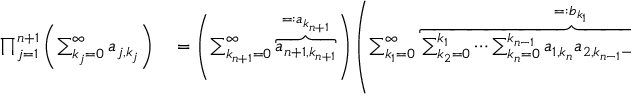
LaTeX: \begin{array} { r l } { \prod _ { j = 1 } ^ { n + 1 } \left( \sum _ { k _ { j } = 0 } ^ { \infty } a _ { j , k _ { j } } \right) } & { { } = \left( \sum _ { k _ { n + 1 } = 0 } ^ { \infty } \overbrace { a _ { n + 1 , k _ { n + 1 } } } ^ { = : a _ { k _ { n + 1 } } } \right) \left( \sum _ { k _ { 1 } = 0 } ^ { \infty } \overbrace { \sum _ { k _ { 2 } = 0 } ^ { k _ { 1 } } \cdots \sum _ { k _ { n } = 0 } ^ { k _ { n - 1 } } a _ { 1 , k _ { n } } a _ { 2 , k _ { n - 1 } - k _ { n } } \cdots a _ { n , k _ { 1 } - k _ { 2 } } } ^ { = : b _ { k _ { 1 } } } \right) } \end{array}